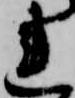
れ